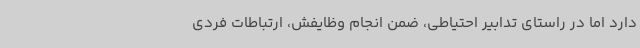
دارد اما در راستای تدابیر احتیاطی، ضمن انجام وظایفش، ارتباطات فردی